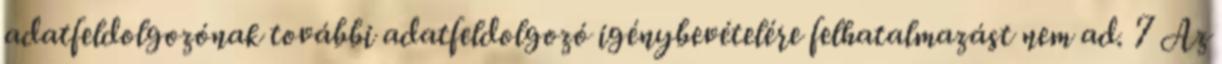
adatfeldolgozónak további adatfeldolgozó igénybevételére felhatalmazást nem ad. 7 Az